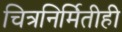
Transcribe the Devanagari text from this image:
चित्रनिर्मितीही